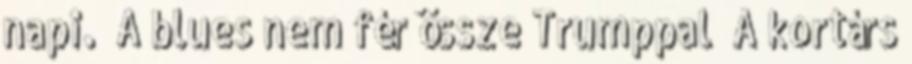
napi. „A blues nem fér össze Trumppal” A kortárs